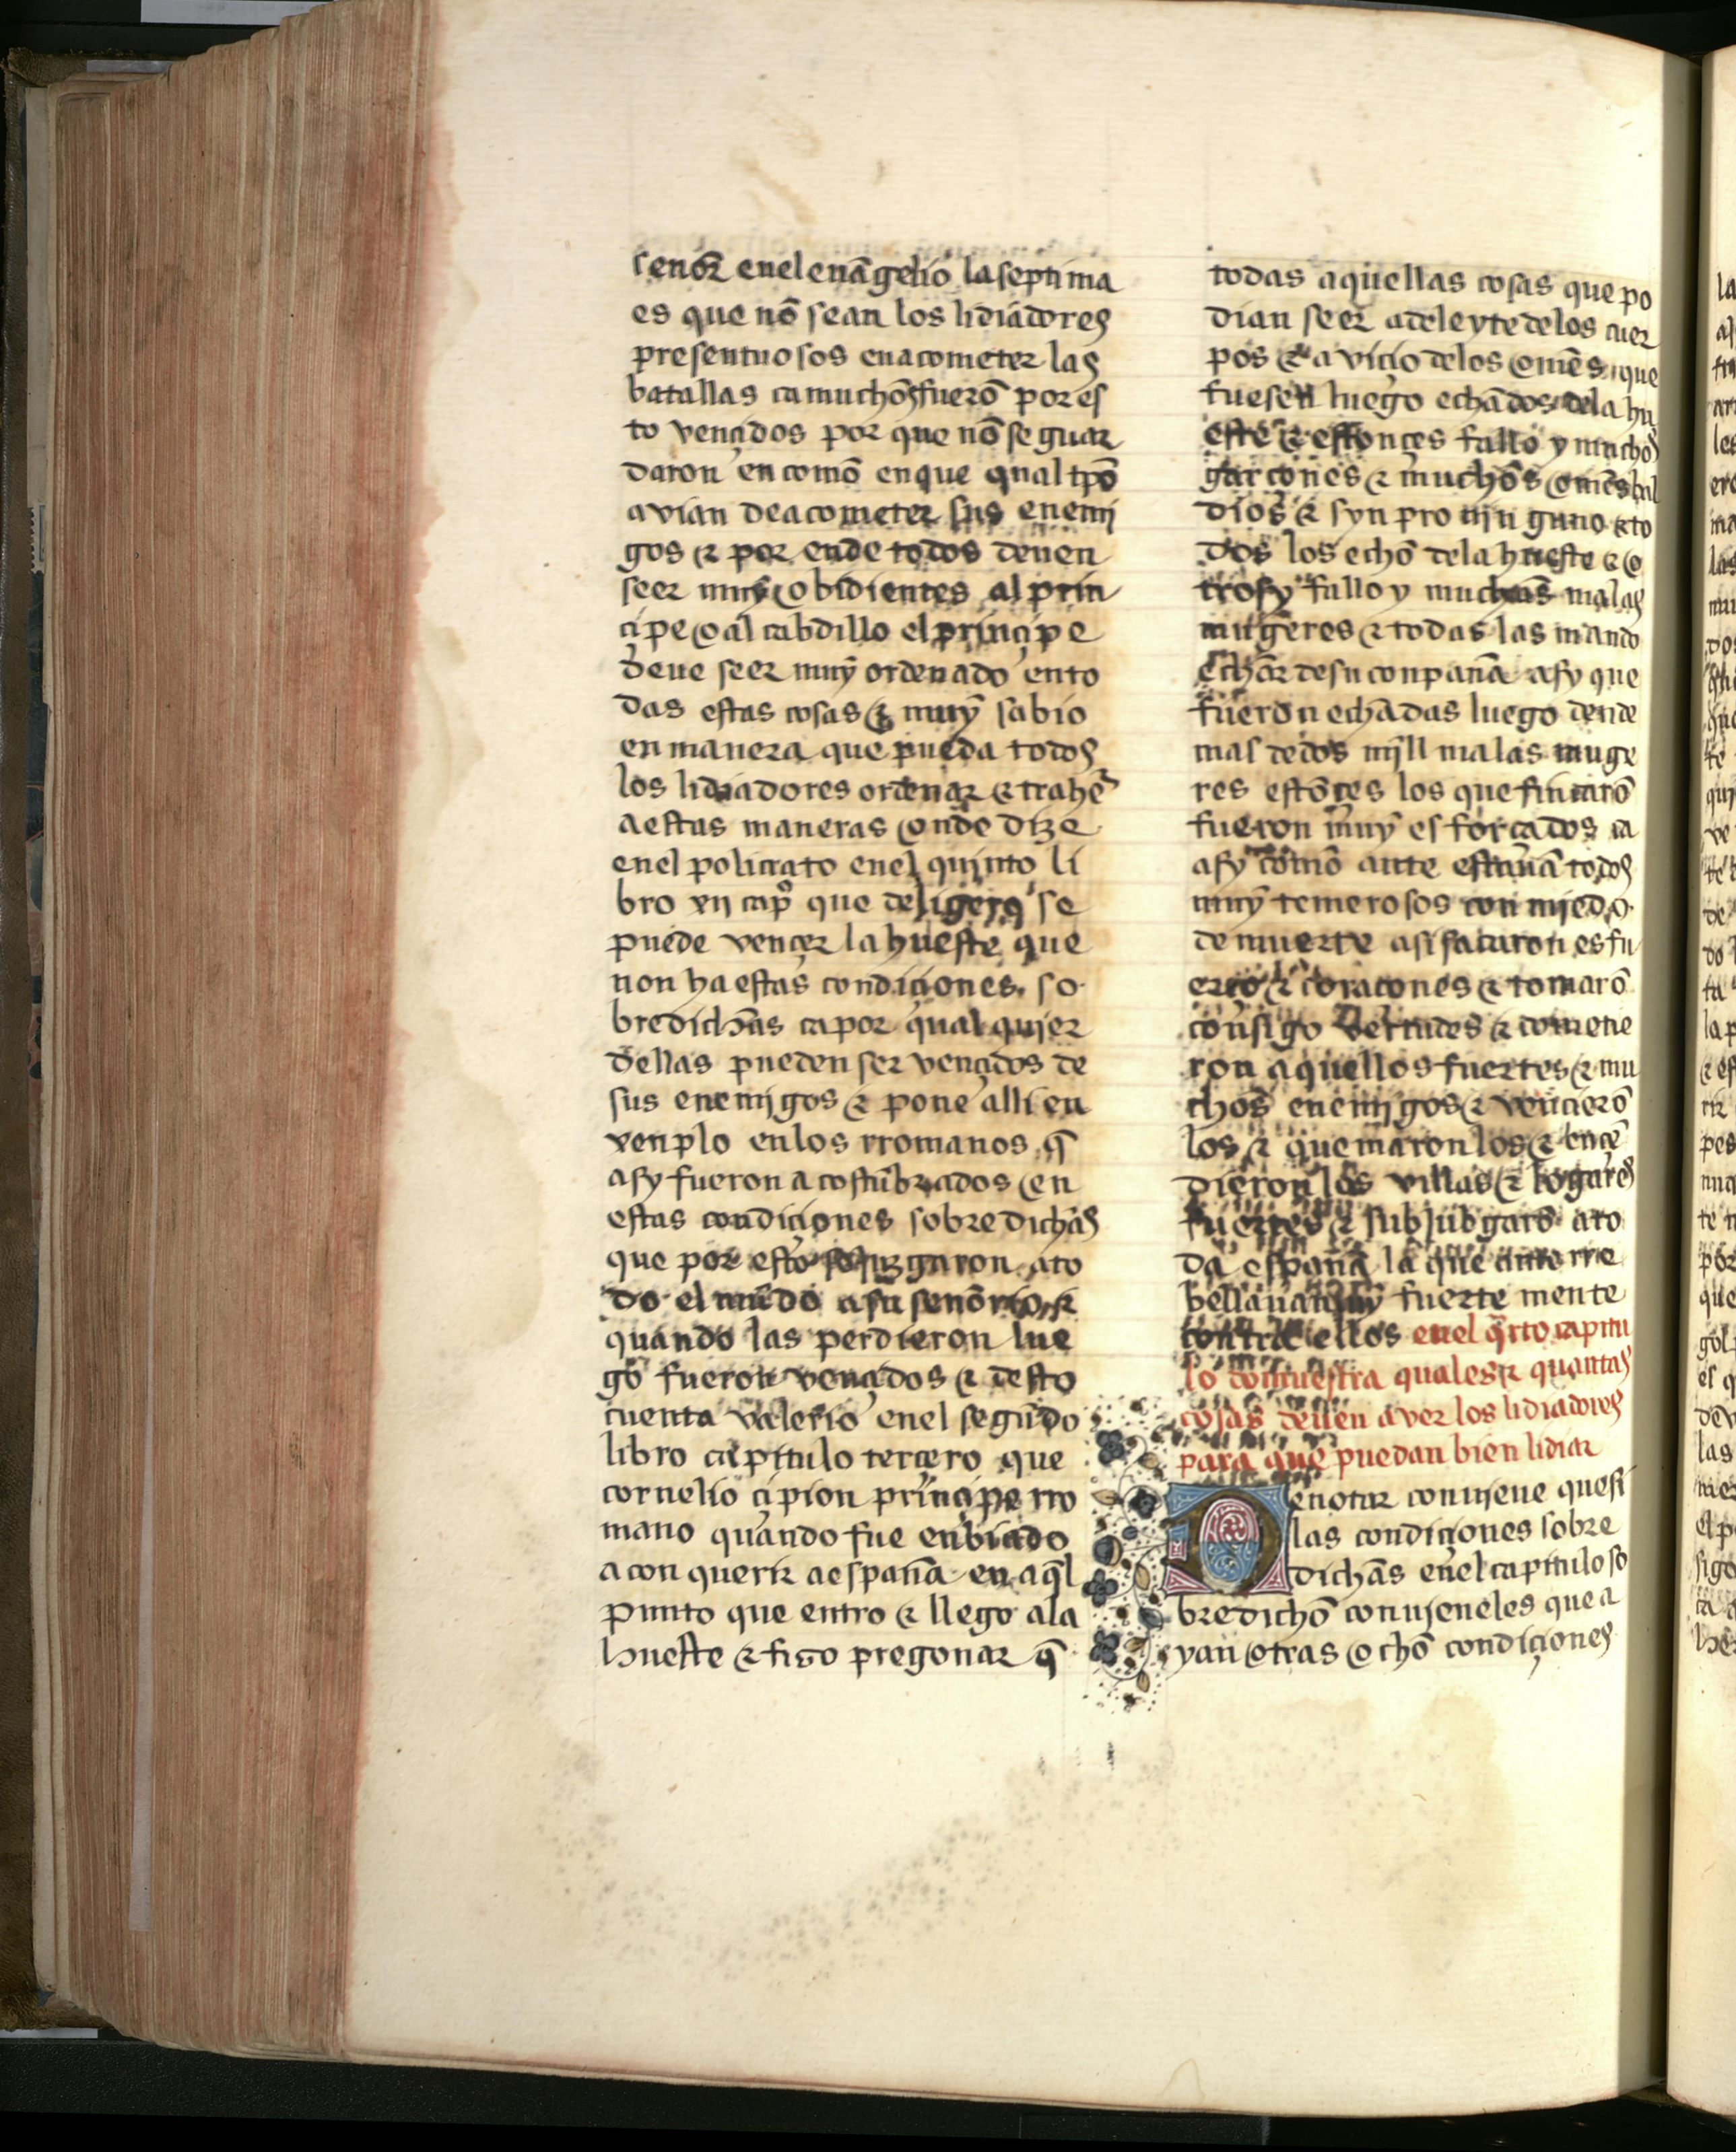
Shelfmark: Salamanca, Biblioteca Histórica USAL, 2709
Century: 15